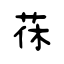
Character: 茠